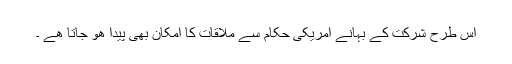
اس طرح شرکت کے بہانے امریکی حکام سے ملاقات کا امکان بھی پیدا ھو جاتا ھے ۔